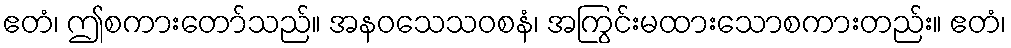
ဧတံ၊ ဤစကားတော်သည်။ အနဝသေသဝစနံ၊ အကြွင်းမထားသောစကားတည်း။ ဧတံ၊